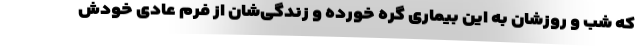
که شب و روزشان به این بیماری گره خورده و زندگی‌شان از فرم عادی خودش